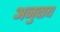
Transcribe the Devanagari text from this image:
अनुदाय